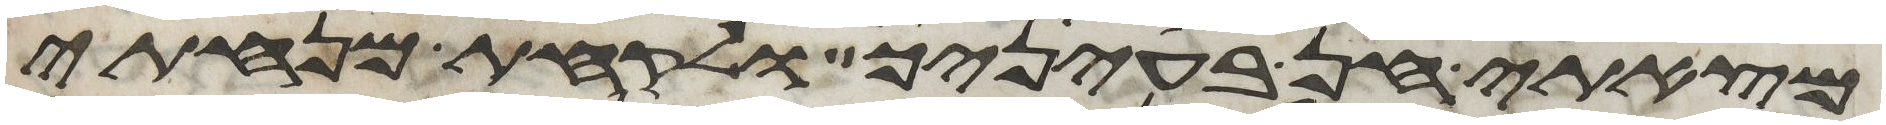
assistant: מצאתי חן בעיניך ולקחת מנחתי